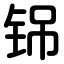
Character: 铞